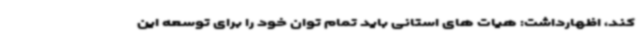
کند، اظهارداشت: هیات های استانی باید تمام توان خود را برای توسعه این